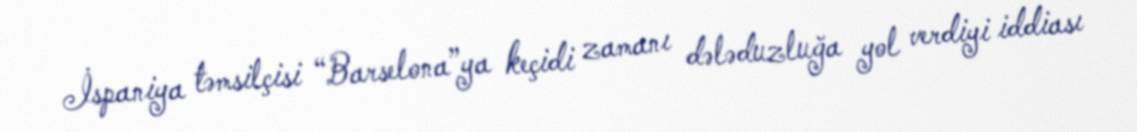
İspaniya təmsilçisi “Barselona”ya keçidi zamanı dələduzluğa yol verdiyi iddiası